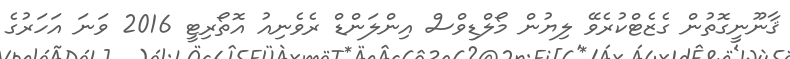
ޤާނޫނީގޮތުން ގެޒެޓްކުރެވޭ ލިޔުން މޯލްޑިވްސް އިންލަންޑް ރެވެނިއު އޮތޯރިޓީ 2016 ވަނަ އަހަރުގެ